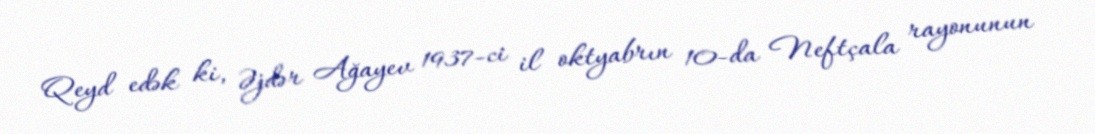
Qeyd edək ki, Əjdər Ağayev 1937-ci il oktyabrın 10-da Neftçala rayonunun